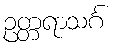
ဥတ္တရာသင်္ဂ